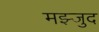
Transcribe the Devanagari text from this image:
मझ्जुद